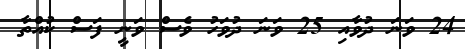
24 ވަނަ ދުވާއި 25 ވަަނަ ދުވަހު ވެސް ވަނީ ފަސް ކުއްތާ